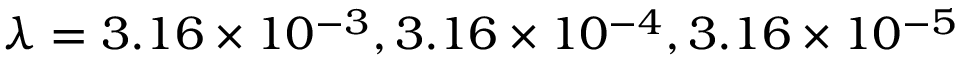
\lambda = 3 . 1 6 \times 1 0 ^ { - 3 } , 3 . 1 6 \times 1 0 ^ { - 4 } , 3 . 1 6 \times 1 0 ^ { - 5 }